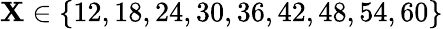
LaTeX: \mathbf{X}\in\{ 12,18,24,30,36,42,48,54,60\}